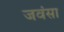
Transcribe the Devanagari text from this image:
जवंसा